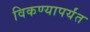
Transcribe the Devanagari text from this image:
विकण्यापर्यंत